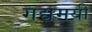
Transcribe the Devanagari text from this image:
गद्यमयी